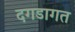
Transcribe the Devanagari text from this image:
दगडागत